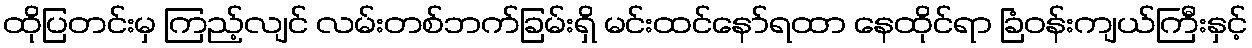
ထိုပြတင်းမှ ကြည့်လျင် လမ်းတစ်ဘက်ခြမ်းရှိ မင်းထင်နော်ရထာ နေထိုင်ရာ ခြံဝန်းကျယ်ကြီးနှင့်